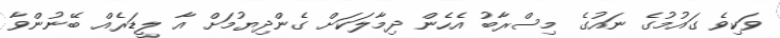
ވަކިވެ ގައުމުގެ ނައުގެ މިސްރާބު އެހެން ދިމާލަކަށް ގެންދިޔުމަށް އާ ލީޑަރެއް ބޭނުންވާ